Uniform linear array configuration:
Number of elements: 32
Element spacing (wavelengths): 1
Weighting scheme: hann
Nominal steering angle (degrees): -30
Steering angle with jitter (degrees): -29.916
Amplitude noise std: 0.05
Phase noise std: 0.05

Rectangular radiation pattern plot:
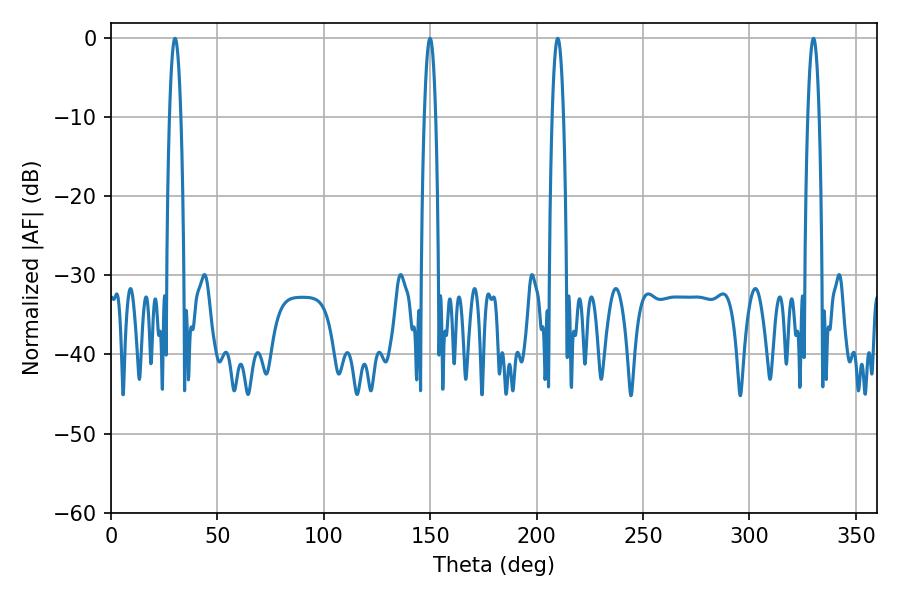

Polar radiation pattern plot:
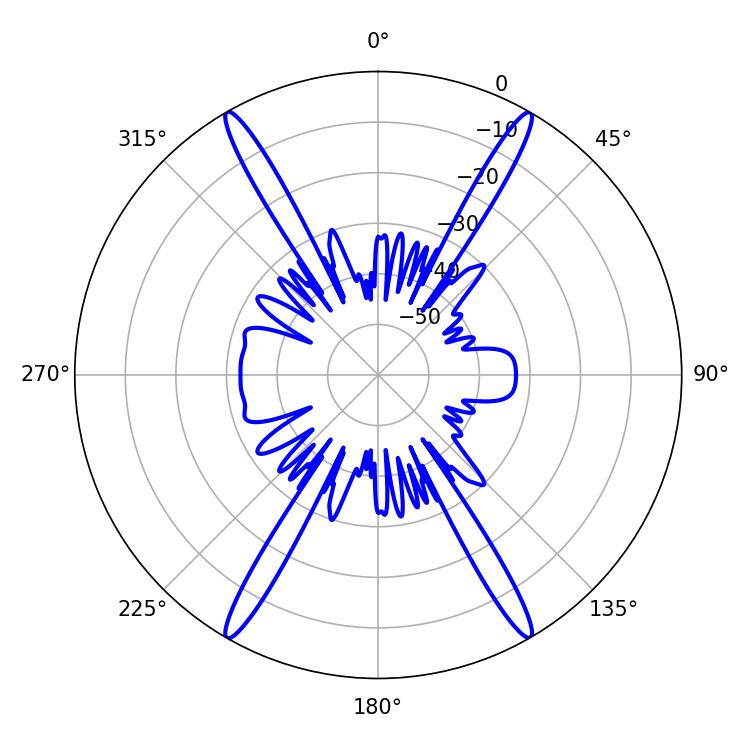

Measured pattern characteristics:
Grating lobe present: TRUE
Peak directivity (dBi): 39.803
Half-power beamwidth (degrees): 2.88
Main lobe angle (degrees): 209.88